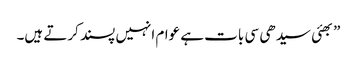
”بھئی سیدھی سی بات ہے عوام انہیں پسند کرتے ہیں۔